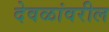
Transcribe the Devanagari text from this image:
देवळांवरील